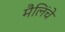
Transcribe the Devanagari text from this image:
मैलिंचे